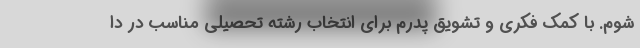
شوم. با کمک فکری و تشویق پدرم برای انتخاب رشته تحصیلی مناسب در دا